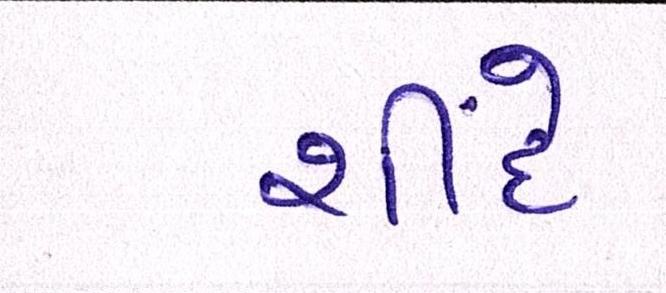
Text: શીંદે